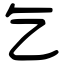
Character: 乞